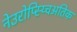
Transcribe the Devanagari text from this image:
नेउरोप्स्य्चिअतिक